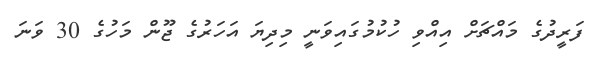
ފަރީދުގެ މައްޗަށް އިއްވި ހުކުމުގައިވަނީ މިދިޔަ އަހަރުގެ ޖޫން މަހުގެ 30 ވަނަ